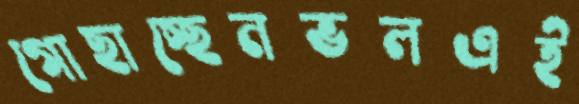
গোছাচ্ছেনভলএই